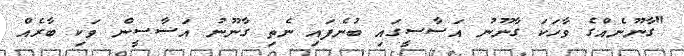
"ގާނޫނެއްގެ ވާހަކަ ގާނޫނު އަސާސީގައި ބުނެފައި ނެތި ގާނޫނު އަސާސީން ވަކި ބާރެއް